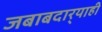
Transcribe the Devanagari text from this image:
जबाबदार्‍याही